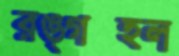
রঙ্গস্হল